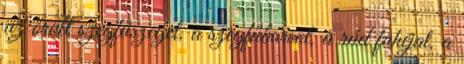
az őrölt szegfűszeget, a szegfűborsot, a rúd fahéjat, a